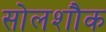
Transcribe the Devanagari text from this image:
सोलशौक